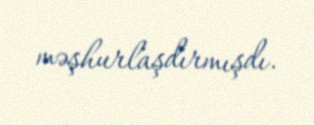
məşhurlaşdırmışdı.